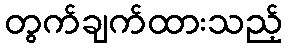
တွက်ချက်ထားသည့်